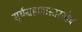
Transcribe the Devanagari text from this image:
सूर्यग्रहणासारखेच